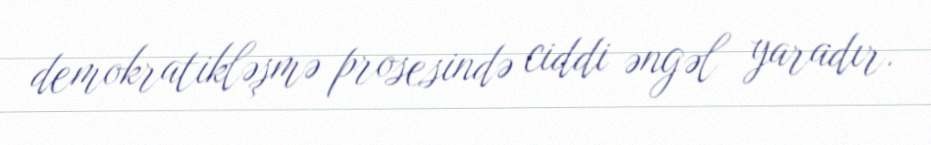
demokratikləşmə prosesində ciddi əngəl yaradır.